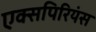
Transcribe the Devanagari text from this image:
एक्सपिरियंस